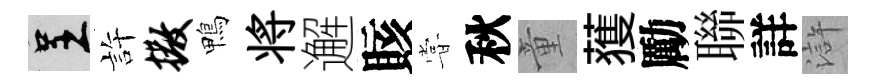
呈許撒鴨将邂賅甞秋童𫉬勵聯詳滸